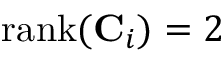
{ \mathrm { r a n k } } ( \mathbf { C } _ { i } ) = 2